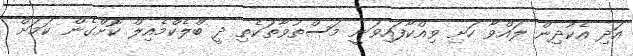
އަދި އެކުދިން ލައްވާ ހަށި ވިއްކާފައިވަނީ މަސްތުވާތަކެތި ދީ ބްލެކްމެއިލް ކޮށްގެން ކަމަށް